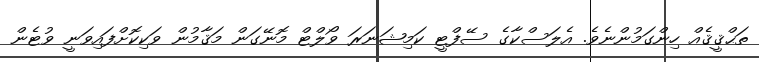
ތަޙްޤީޤެއް ހިންގަމުންނެވެ. އެލަސްކާގެ ސޭފްޓީ ކަމިޝަނަރަ ވޯލްޓް މޮނޭގަން މަޤާމުން ވަކިކޮށްފައިވަނީ ވުޓެން